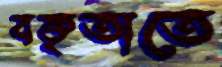
বক্তৃতাতে